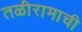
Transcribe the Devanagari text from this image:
तळीरामाची